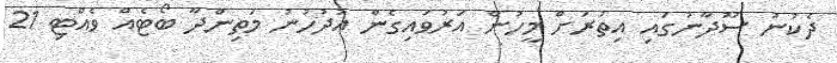
ދެކުނު ސޫދާނުގައި އިތުރަށް މީހުން އަރުވައިގެން އުދުހުނު މަތިންދާ ބޯޓެއް ވެއްޓި 21